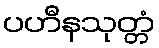
ပဟီနသုတ္တံ